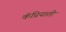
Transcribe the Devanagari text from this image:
कॅप्रियाती